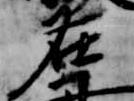
在